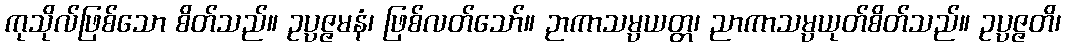
ကုသိုလ်ဖြစ်သော စိတ်သည်။ ဥပ္ပဇ္ဇမနံ၊ ဖြစ်လတ်သော်။ ဉာကာသမ္ပယတ္တ၊ ညာကာသမ္ပယုတ်စိတ်သည်။ ဥပ္ပဇ္ဇတိ၊